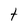
Character: t